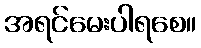
အရင်မေးပါရစေ။